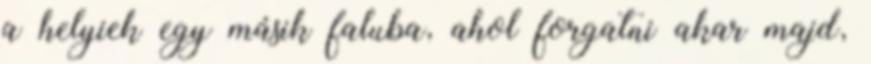
a helyiek egy másik faluba, ahol forgatni akar majd,